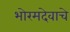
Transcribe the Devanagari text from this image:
भोरमदेवाचे